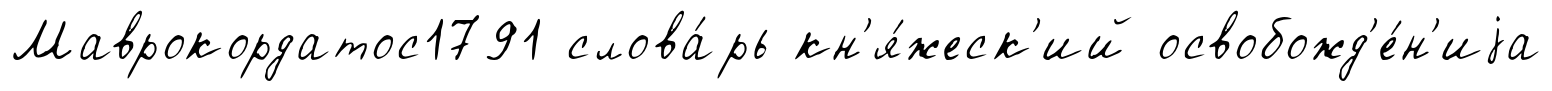
Маврокордатос1791 слова́рь кн'я́жеск'ий освобожд'е́н'иjа